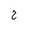
Letter: _ha